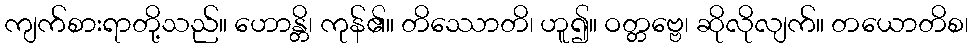
ကျက်စားရာတို့သည်။ ဟောန္တိ၊ ကုန်၏။ တိဿောတိ၊ ဟူ၍။ ဝတ္တဗ္ဗေ၊ ဆိုလိုလျက်။ တယောတိစ၊